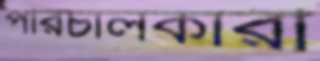
পরিচালকারী